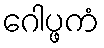
ဂေါပ္ဖကံ